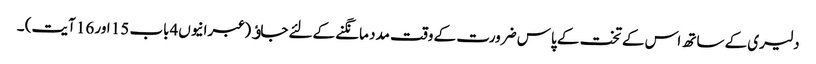
دلیری کے ساتھ اس کے تخت کے پاس ضرورت کے وقت مدد مانگنے کےلئے جاﺅ (عبرانیوں4باب 15 اور 16 آیت) ۔